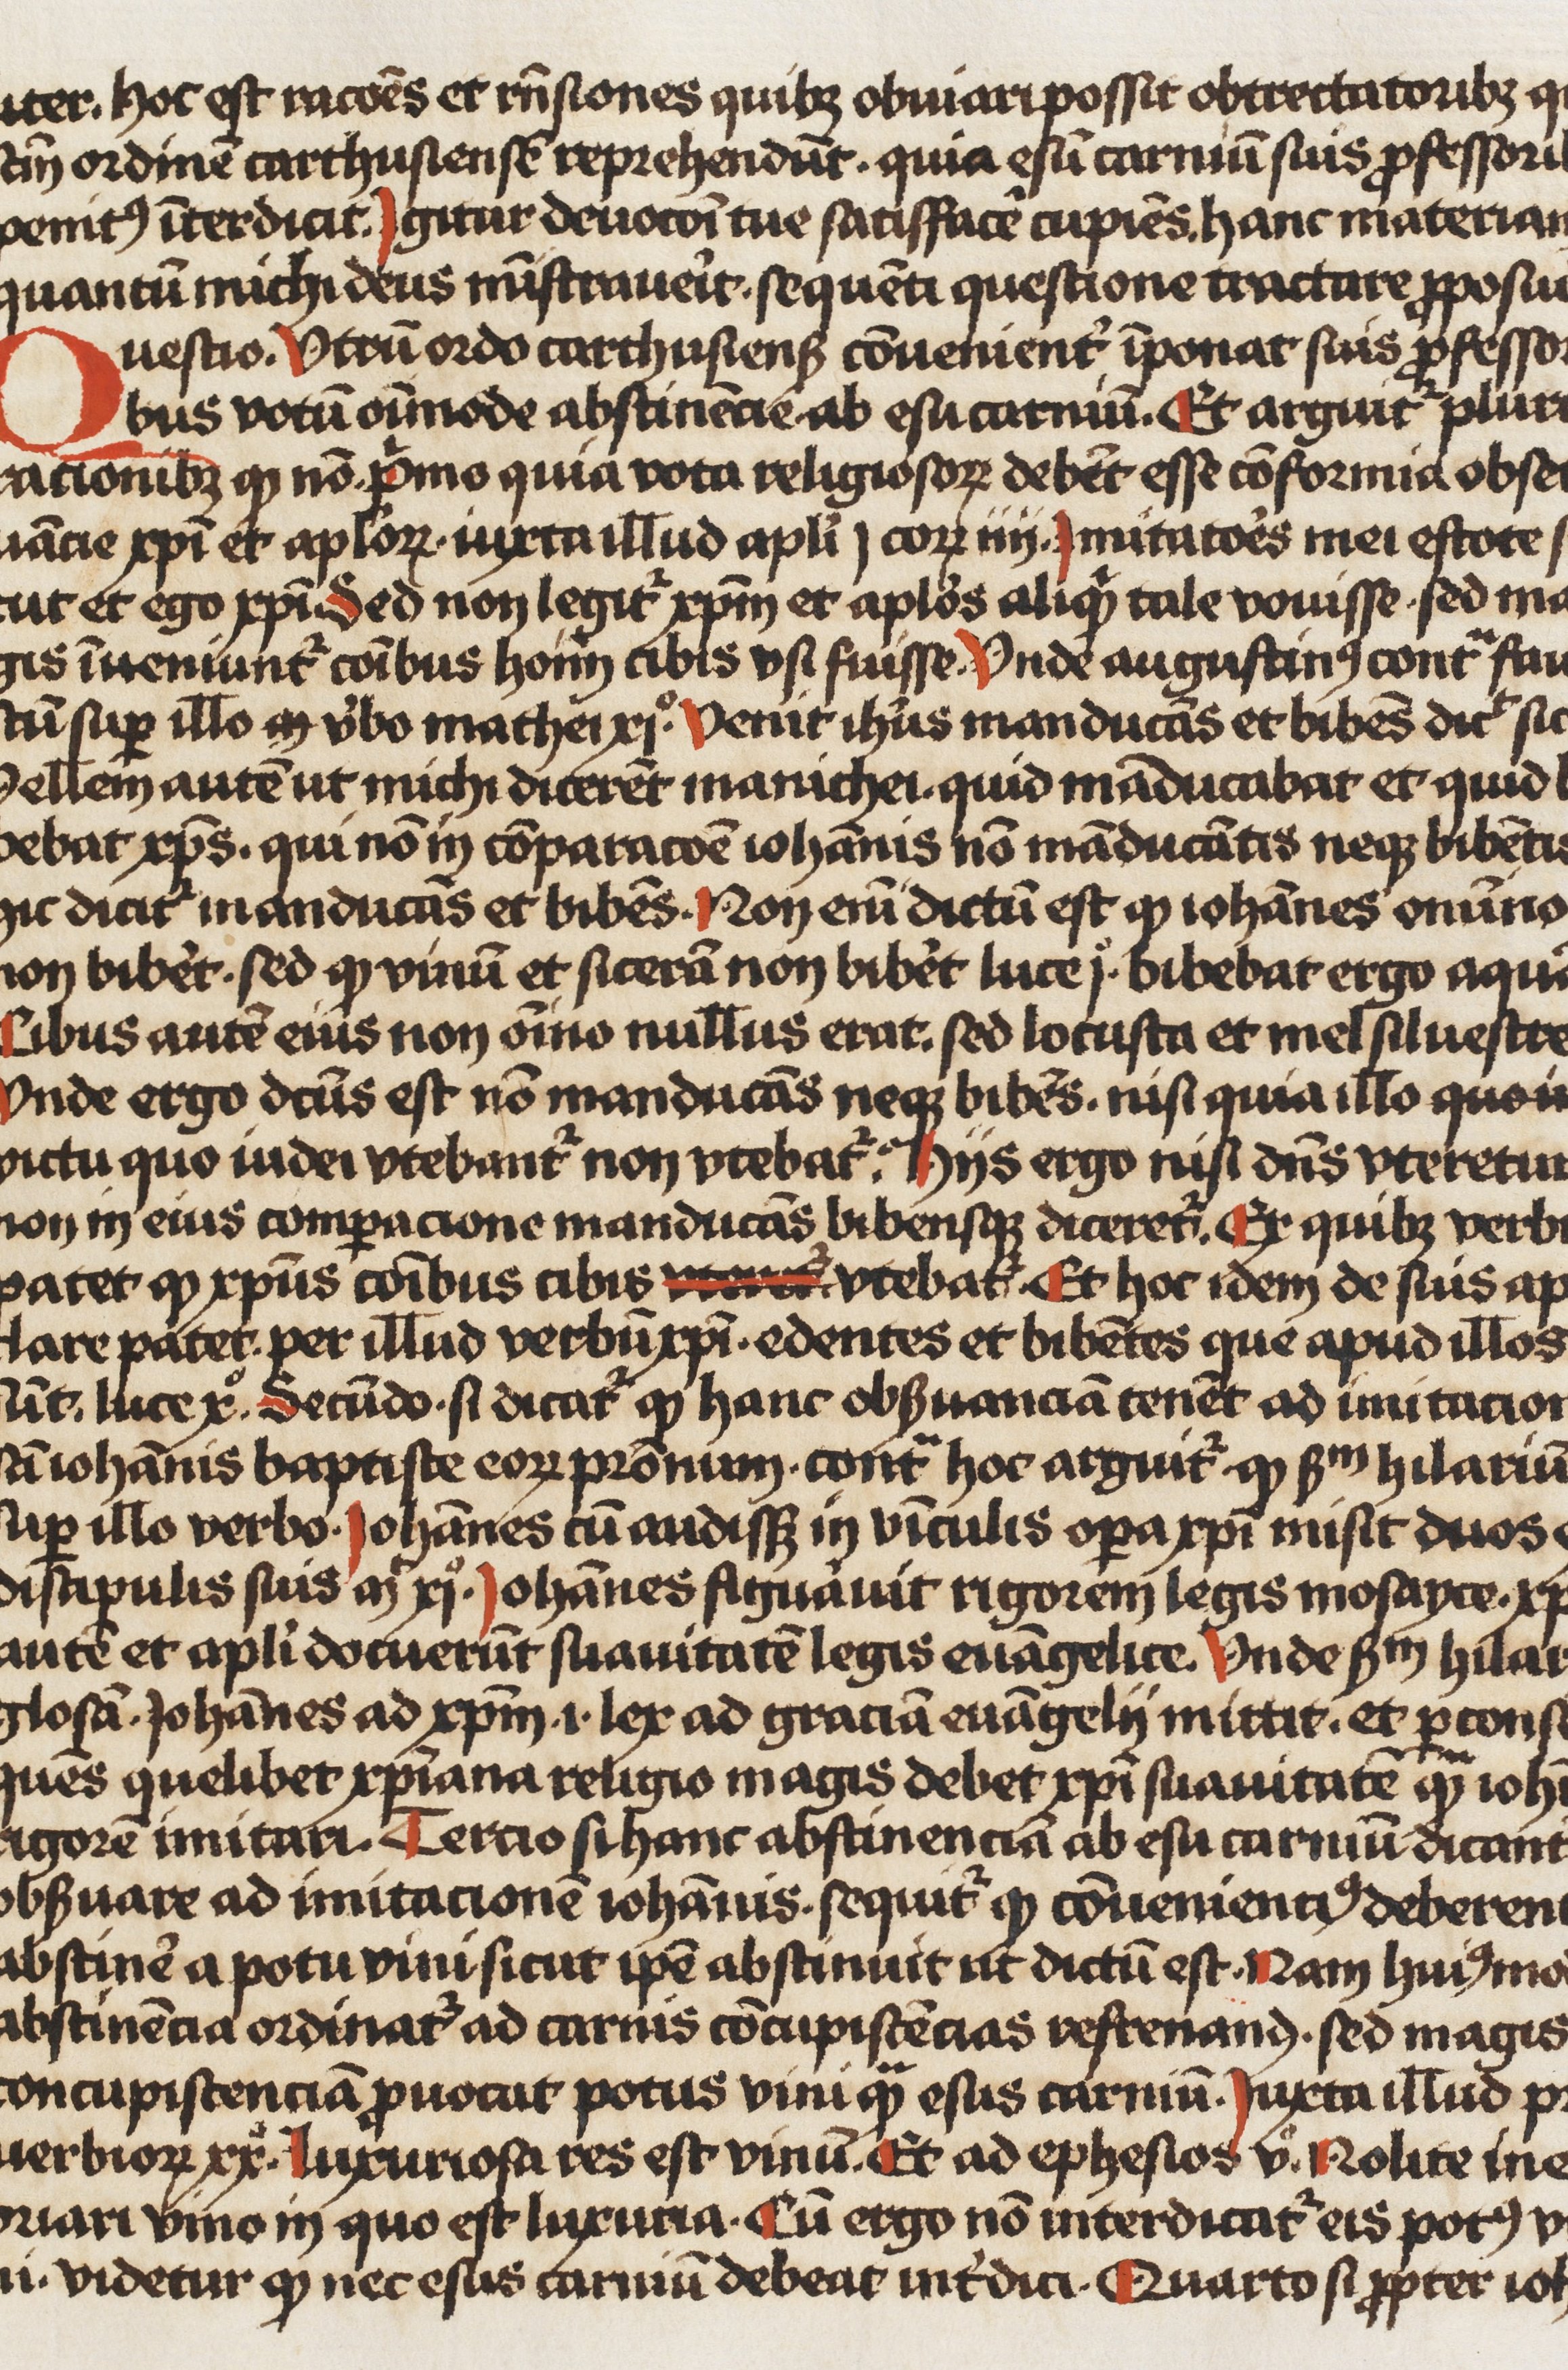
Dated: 1466–1466